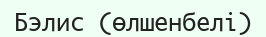
Бэлис (өлшенбелі)